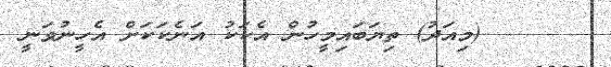
٢٥     (މިއަދު) ތިޔަބައިމީހުން އެކަކު އަނެކަކަށް އެހީނުވަނީ